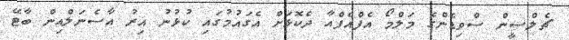
ޗެލްސީން ސްވިޑެންގެ މަލްމޯ އެފްއެފްއާ ދެކޮޅަށް އެގައުމުގައި ކުޅުނު އިރު އާސެނަލްއިން ބާޓޭ